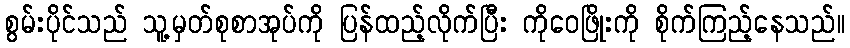
စွမ်းပိုင်သည် သူ့မှတ်စုစာအုပ်ကို ပြန်ထည့်လိုက်ပြီး ကိုဝေဖြိုးကို စိုက်ကြည့်နေသည်။